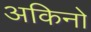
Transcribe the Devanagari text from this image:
अकिनो